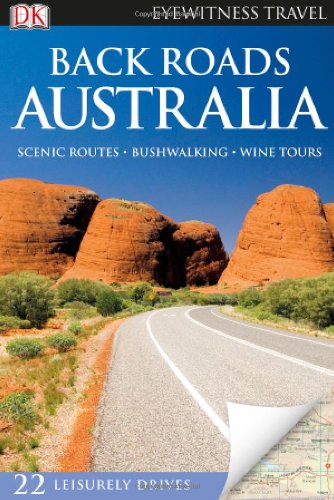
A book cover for Back Roads Australia (Eyewitness Travel Back Roads); DK Publishing; History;